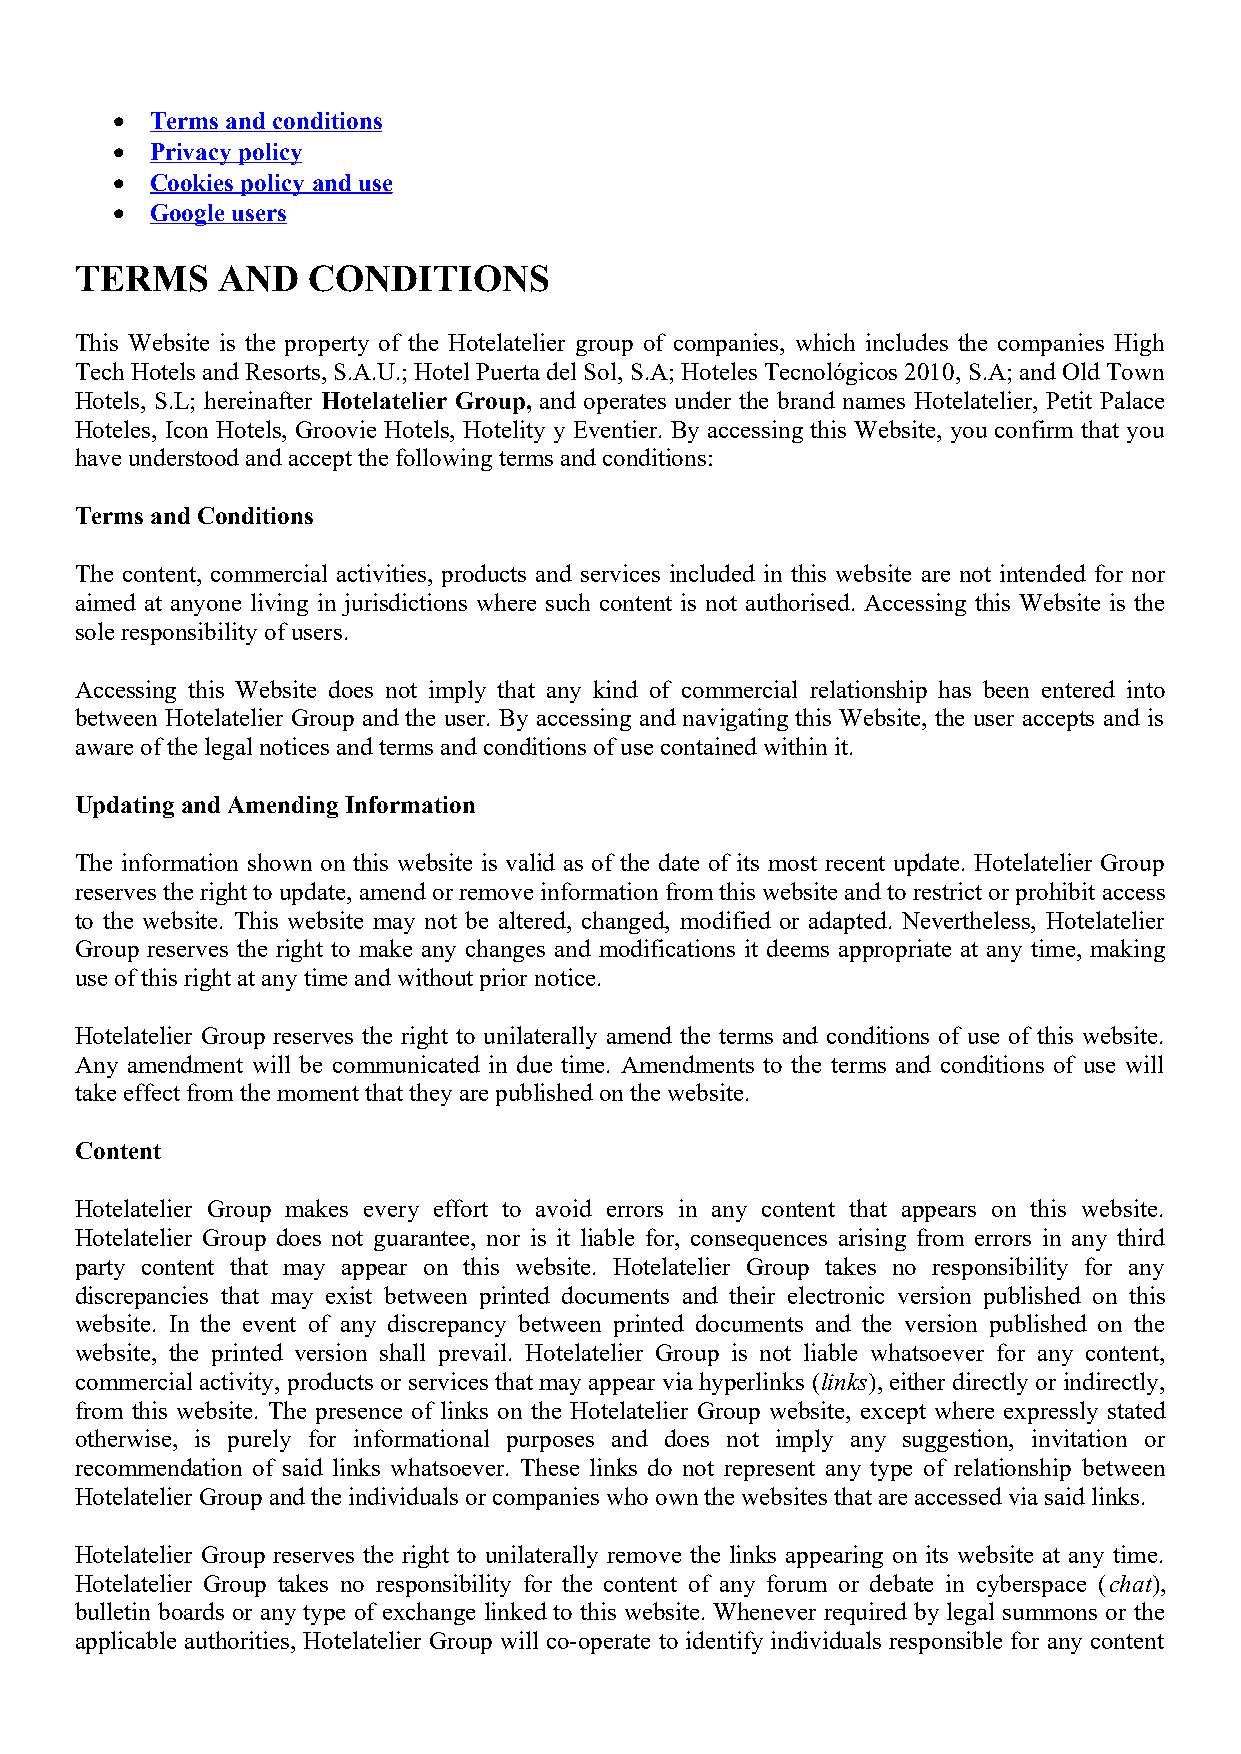
  Terms and conditions
   Privacy policy
   Cookies policy and use
   Google users
 TERMS    AND   CONDITIONS
 This Website is the property of the Hotelatelier group of companies, which includes the companies High
 Tech Hotels and Resorts, S.A.U.; Hotel Puerta del Sol, S.A; Hoteles Tecnológicos 2010, S.A; and Old Town
 Hotels, S.L; hereinafter Hotelatelier Group, and operates under the brand names Hotelatelier, Petit Palace
 Hoteles, Icon Hotels, Groovie Hotels, Hotelity y Eventier. By accessing this Website, you confirm that you
 have understood and accept the following terms and conditions:
 Terms and Conditions
 The content, commercial activities, products and services included in this website are not intended for nor
 aimed at anyone living in jurisdictions where such content is not authorised. Accessing this Website is the
 sole responsibility of users.
 Accessing this Website does not imply that any kind of commercial relationship has been entered into
 between Hotelatelier Group and the user. By accessing and navigating this Website, the user accepts and is
 aware of the legal notices and terms and conditions of use contained within it.
 Updating and Amending Information
 The information shown on this website is valid as of the date of its most recent update. Hotelatelier Group
 reserves the right to update, amend or remove information from this website and to restrict or prohibit access
 to the website. This website may not be altered, changed, modified or adapted. Nevertheless, Hotelatelier
 Group reserves the right to make any changes and modifications it deems appropriate at any time, making
 use of this right at any time and without prior notice.
 Hotelatelier Group reserves the right to unilaterally amend the terms and conditions of use of this website.
 Any amendment will be communicated in due time. Amendments to the terms and conditions of use will
 take effect from the moment that they are published on the website.
 Content
 Hotelatelier Group makes every effort to avoid errors in any content that appears on this website.
 Hotelatelier Group does not guarantee, nor is it liable for, consequences arising from errors in any third
 party content that may appear on this website. Hotelatelier Group takes no responsibility for any
 discrepancies that may exist between printed documents and their electronic version published on this
 website. In the event of any discrepancy between printed documents and the version published on the
 website, the printed version shall prevail. Hotelatelier Group is not liable whatsoever for any content,
 commercial activity, products or services that may appear via hyperlinks (links), either directly or indirectly,
 from this website. The presence of links on the Hotelatelier Group website, except where expressly stated
 otherwise, is purely for informational purposes and does not imply any suggestion, invitation or
 recommendation of said links whatsoever. These links do not represent any type of relationship between
 Hotelatelier Group and the individuals or companies who own the websites that are accessed via said links.
 Hotelatelier Group reserves the right to unilaterally remove the links appearing on its website at any time.
 Hotelatelier Group takes no responsibility for the content of any forum or debate in cyberspace (chat),
 bulletin boards or any type of exchange linked to this website. Whenever required by legal summons or the
 applicable authorities, Hotelatelier Group will co-operate to identify individuals responsible for any content